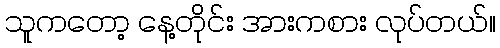
သူကတော့ နေ့တိုင်း အားကစား လုပ်တယ်။